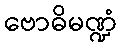
ဗောဓိမဏ္ဍံ